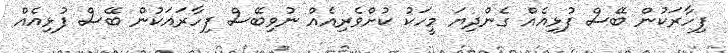
ފިހާރަކުން ބޭސް ފުޅިއެއް ގެންދިޔަ މީހަކު ކުށްވެރިއެއް ނުވިބޭސް ފިހާރައަކުން ބޭސް ފުޅިއެއް